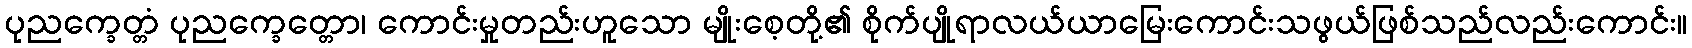
ပုညက္ခေတ္တံ ပုညက္ခေတ္တော၊ ကောင်းမှုတည်းဟူသော မျိုးစေ့တို့၏ စိုက်ပျိုရာလယ်ယာမြေးကောင်းသဖွယ်ဖြစ်သည်လည်းကောင်း။